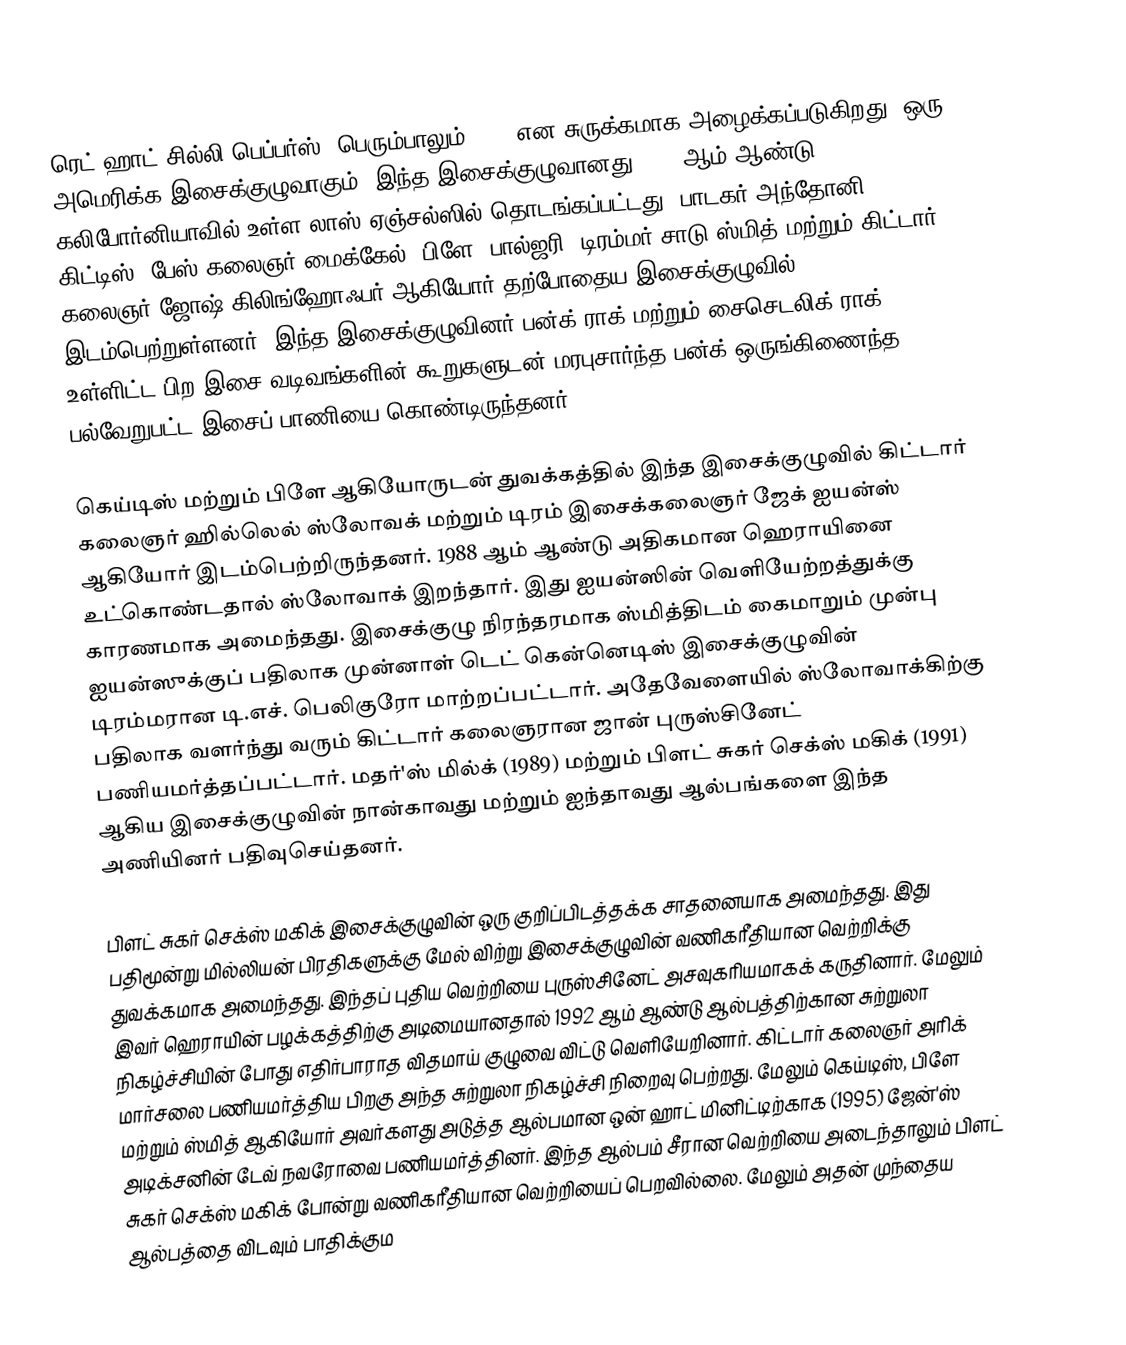
ரெட் ஹாட் சில்லி பெப்பர்ஸ் (பெரும்பாலும் RHCP என சுருக்கமாக அழைக்கப்படுகிறது) ஒரு அமெரிக்க இசைக்குழுவாகும். இந்த இசைக்குழுவானது 1983 ஆம் ஆண்டு கலிபோர்னியாவில் உள்ள லாஸ் ஏஞ்சல்ஸில் தொடங்கப்பட்டது. பாடகர் அந்தோனி கிட்டிஸ், பேஸ் கலைஞர் மைக்கேல் "பிளே" பால்ஜரி, டிரம்மர் சாடு ஸ்மித் மற்றும் கிட்டார் கலைஞர் ஜோஷ் கிலிங்ஹோஃபர் ஆகியோர் தற்போதைய இசைக்குழுவில் இடம்பெற்றுள்ளனர். இந்த இசைக்குழுவினர் பன்க் ராக் மற்றும் சைசெடலிக் ராக் உள்ளிட்ட பிற இசை வடிவங்களின் கூறுகளுடன் மரபுசார்ந்த பன்க் ஒருங்கிணைந்த பல்வேறுபட்ட இசைப் பாணியை கொண்டிருந்தனர்.

கெய்டிஸ் மற்றும் பிளே ஆகியோருடன் துவக்கத்தில் இந்த இசைக்குழுவில் கிட்டார் கலைஞர் ஹில்லெல் ஸ்லோவக் மற்றும் டிரம் இசைக்கலைஞர் ஜேக் ஐயன்ஸ் ஆகியோர் இடம்பெற்றிருந்தனர். 1988 ஆம் ஆண்டு அதிகமான ஹெராயினை உட்கொண்டதால் ஸ்லோவாக் இறந்தார். இது ஐயன்ஸின் வெளியேற்றத்துக்கு காரணமாக அமைந்தது. இசைக்குழு நிரந்தரமாக ஸ்மித்திடம் கைமாறும் முன்பு ஐயன்ஸுக்குப் பதிலாக முன்னாள் டெட் கென்னெடிஸ் இசைக்குழுவின் டிரம்மரான டி.எச். பெலிகுரோ மாற்றப்பட்டார். அதேவேளையில் ஸ்லோவாக்கிற்கு பதிலாக வளர்ந்து வரும் கிட்டார் கலைஞரான ஜான் புருஸ்சினேட் பணியமர்த்தப்பட்டார். மதர்'ஸ் மில்க் (1989) மற்றும் பிளட் சுகர் செக்ஸ் மகிக் (1991) ஆகிய இசைக்குழுவின் நான்காவது மற்றும் ஐந்தாவது ஆல்பங்களை இந்த அணியினர் பதிவுசெய்தனர்.

பிளட் சுகர் செக்ஸ் மகிக் இசைக்குழுவின் ஒரு குறிப்பிடத்தக்க சாதனையாக அமைந்தது. இது பதிமூன்று மில்லியன் பிரதிகளுக்கு மேல் விற்று இசைக்குழுவின் வணிகரீதியான வெற்றிக்கு துவக்கமாக அமைந்தது. இந்தப் புதிய வெற்றியை புருஸ்சினேட் அசவுகரியமாகக் கருதினார். மேலும் இவர் ஹெராயின் பழக்கத்திற்கு அடிமையானதால் 1992 ஆம் ஆண்டு ஆல்பத்திற்கான சுற்றுலா நிகழ்ச்சியின் போது எதிர்பாராத விதமாய் குழுவை விட்டு வெளியேறினார். கிட்டார் கலைஞர் அரிக் மார்சலை பணியமர்த்திய பிறகு அந்த சுற்றுலா நிகழ்ச்சி நிறைவு பெற்றது. மேலும் கெய்டிஸ், பிளே மற்றும் ஸ்மித் ஆகியோர் அவர்களது அடுத்த ஆல்பமான ஒன் ஹாட் மினிட்டிற்காக (1995) ஜேன்'ஸ் அடிக்சனின் டேவ் நவரோவை பணியமர்த்தினர். இந்த ஆல்பம் சீரான வெற்றியை அடைந்தாலும் பிளட் சுகர் செக்ஸ் மகிக் போன்று வணிகரீதியான வெற்றியைப் பெறவில்லை. மேலும் அதன் முந்தைய ஆல்பத்தை விடவும் பாதிக்கும